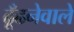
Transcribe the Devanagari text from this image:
ढूँढनेवाले